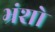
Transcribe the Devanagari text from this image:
भ्रंशो